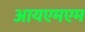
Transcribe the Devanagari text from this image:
आयएमएम